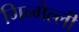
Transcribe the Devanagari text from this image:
गिन्गेल्ली